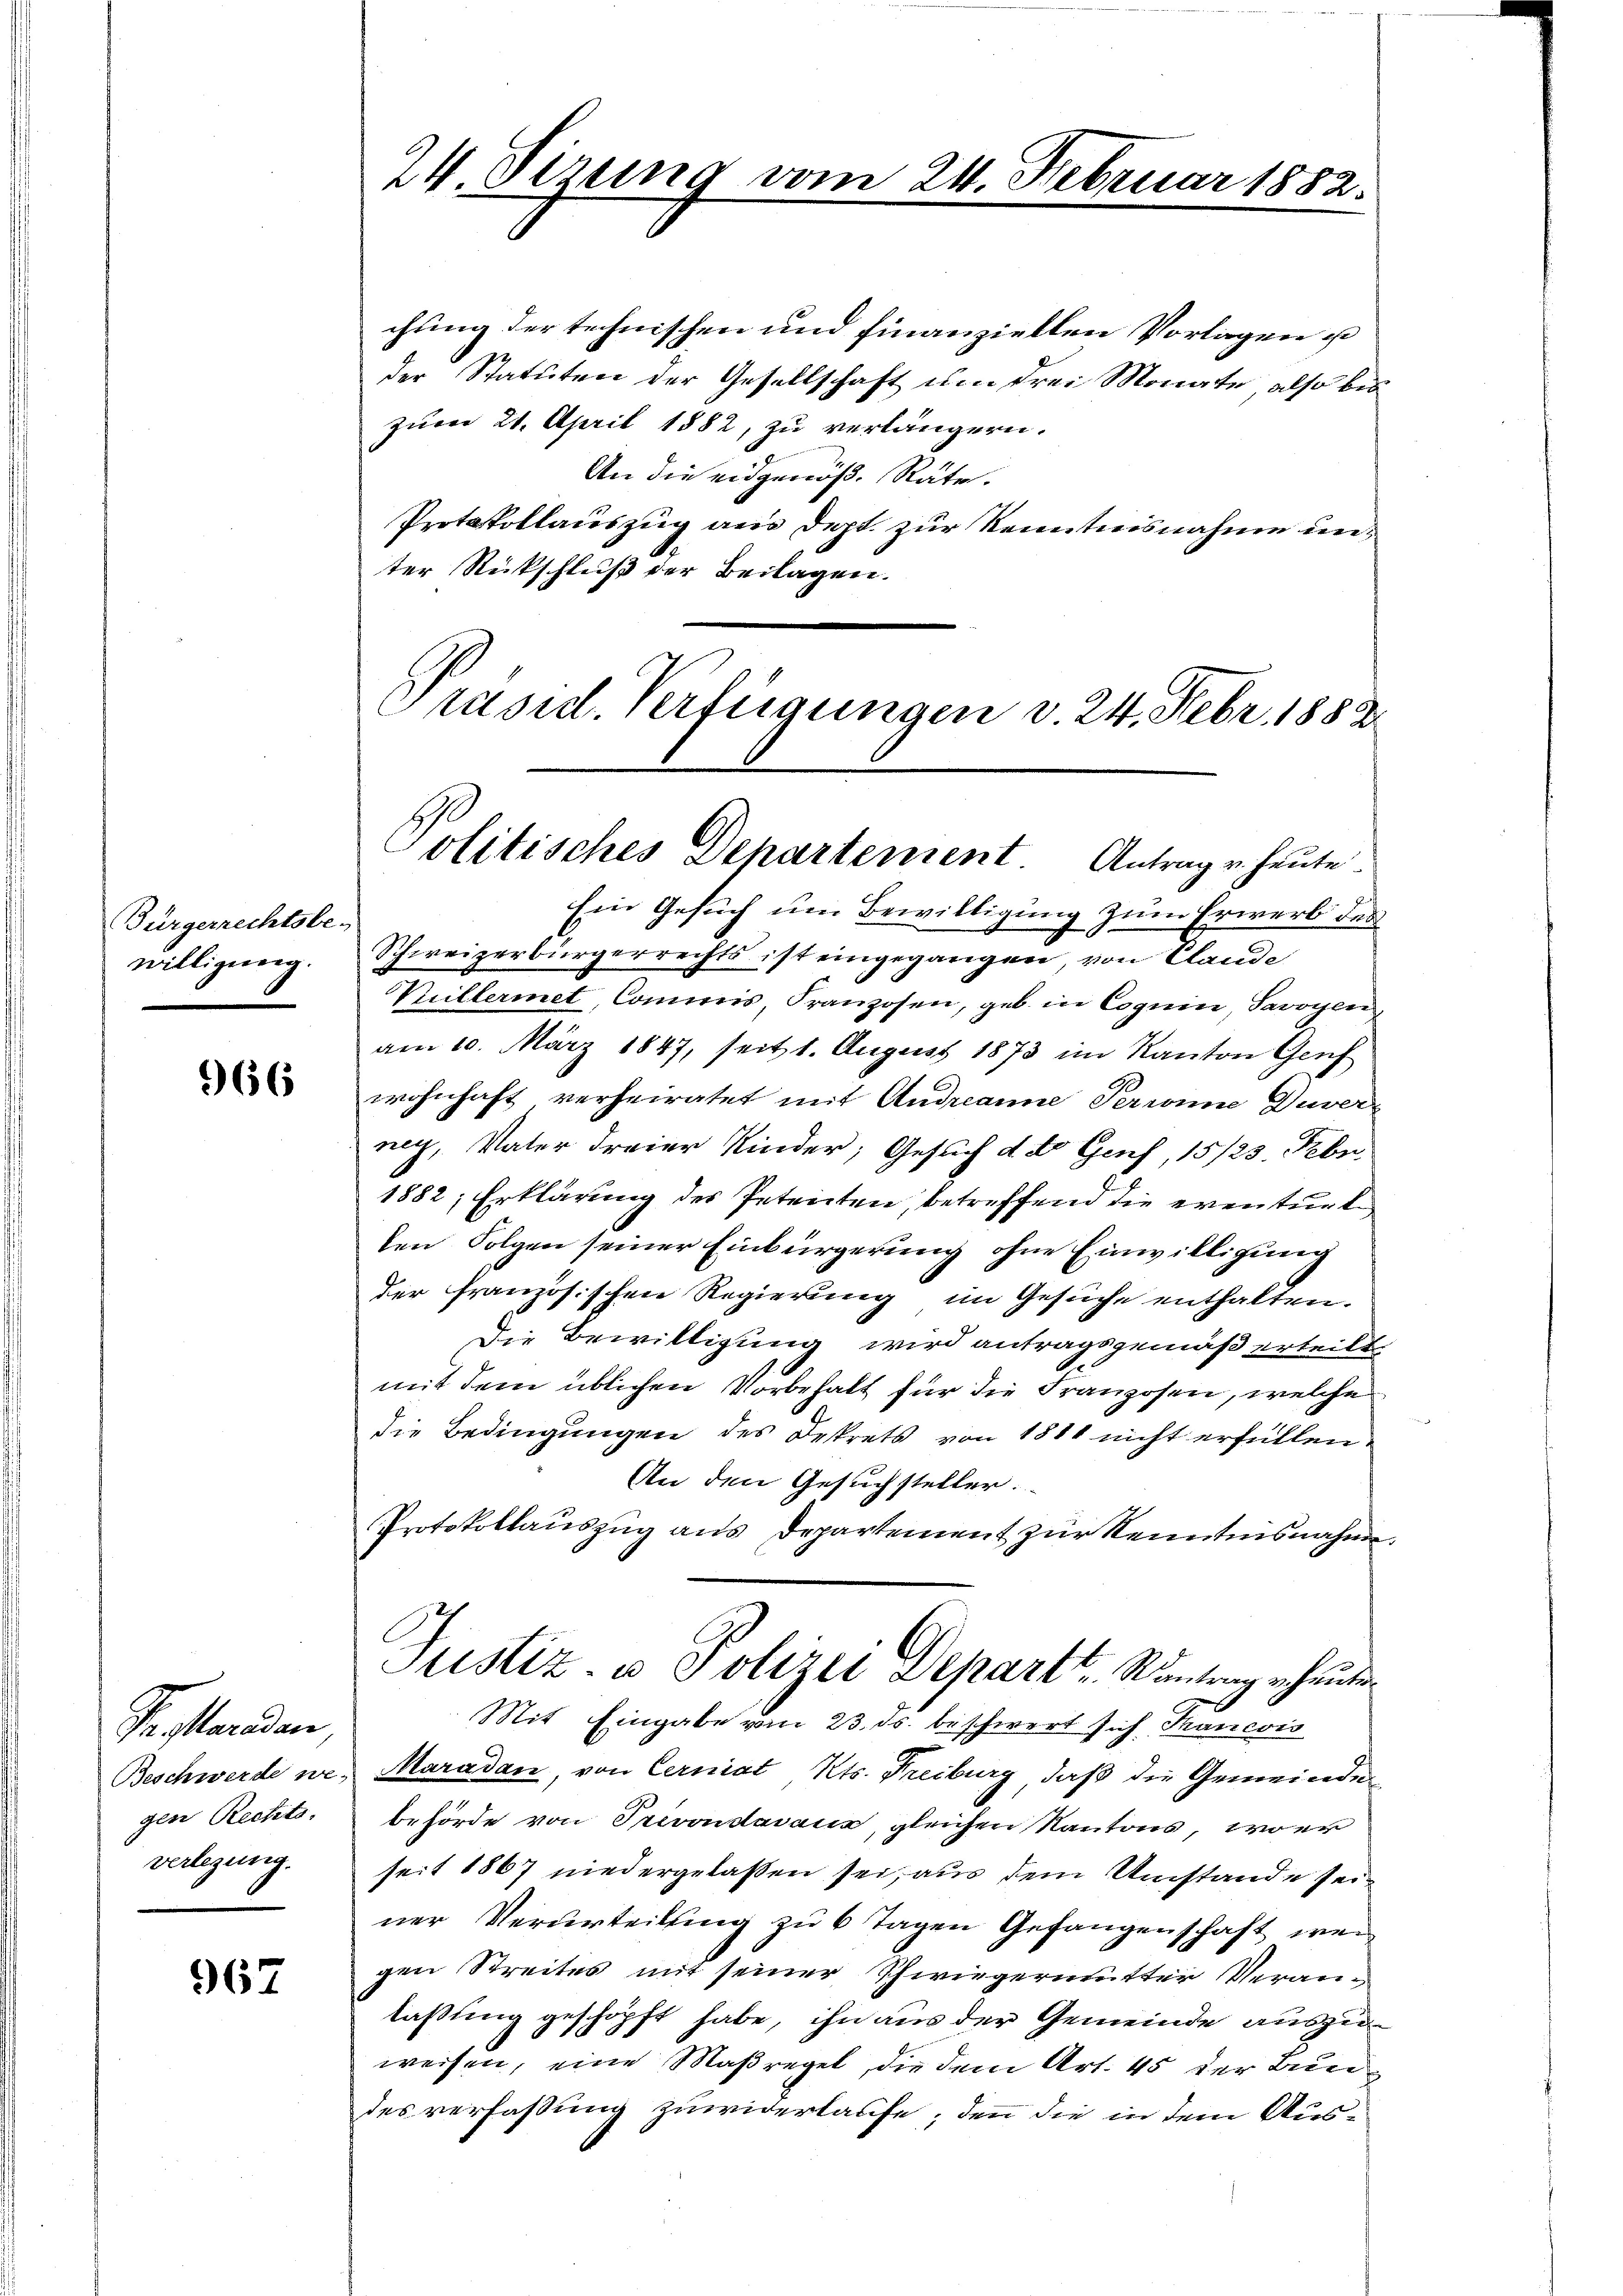
Bürgerrechtsbe-
willigung.

966

Testanden
gen Rechts.
verlegung.

967

chung der technischen und finanziellen Vorlagen u
der Statuten der Gesellschaft um drei Monate, also bei
zum 21. April 1882, zu verlängern.
An die eidgenöß. Räte.
Protokollauszug aus dept. zur Kenntnisnahme unter Rückschluß der Beilagen.
Präsid. Verfügungen v. 24. Febr. 1882

24. Sizung vor

24. Februn

re 1882

Politisches Departement. Antrag u. heute

Ein Gesuch um Bewilligung zum Erwerb des
Schweizerbürgerrechts ist eingegangen, von Claude
Villermet Commis, Franzosen, geb. in Cognin, Savoyenn
am 10. März 1847, seit 1. August 1873 im Kanton Genf
wohnhaft verheiratet mit Andreanne Perronne Zuver-
ney, Vater Freier Kinder, Gesuch der Genf, 15/23. Febr.
1882, Erklärung des Petenten, betreffend die eventurliten Folgen seiner Einbürgerung ohne Einwilligung
der französischen Regierung im Gesuche enthalten.
Die Bewilligung wird antragsgemäß erteilt.
mit dem üblichen Vorbehalt für die Franzosen, welche
die Bedingungen des Dekrets von 1811 nicht erfüllen.
An den Gesuchsteller.
Protokollauszug aus Departement zur Kenntnisnahme.
Justiz- u Polizei Depart u. Räntrag er heute.
Mit Eingabe vom 23. ds. beschwert sich Thancois
Beschwerde ne Maradan, von Cerniat Kts. Freiburg, daß die Gemeindebehörde von Privondavanz, gleichen Kantons, wo er
seit 1867 niedergelaßen sei, aus dem Umstande seiner Verurteilung zu 6 Tagen Gefangenschaft, wen
gen Streites mit seiner Schwiegermutter Veranlaßung geschöpft habe, ihn aus der Gemeinde auszuweisen, eine Maßregel, die dem Art. 45 der Bundes verfaßung zuwiderlaufe; denn die in dem Aus¬